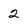
Character: 2